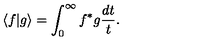
\langle f \vert g \rangle = \int _ { 0 } ^ { \infty } f ^ { * } g \frac { d t } { t } .